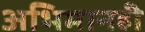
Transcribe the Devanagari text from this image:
अभिमानही